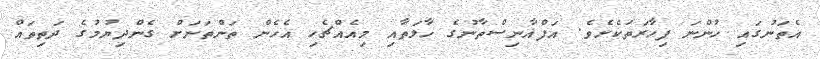
އެތަނުގައި ހުންނަ ފިހާރަތަކެށެވެ. އަފްޣާނިސްތާނުގެ ހާލަތާއި މިއެއްޗެހި އެހެން ތަންތަނަށް ގެންދިޔުމުގެ ދަތިތައް